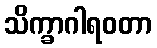
သိက္ခာဂါရဝတာ